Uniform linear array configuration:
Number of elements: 64
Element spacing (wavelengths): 0.75
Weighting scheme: hamming
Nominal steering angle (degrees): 15
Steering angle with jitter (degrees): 14.713
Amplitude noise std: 0.05
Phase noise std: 0.05

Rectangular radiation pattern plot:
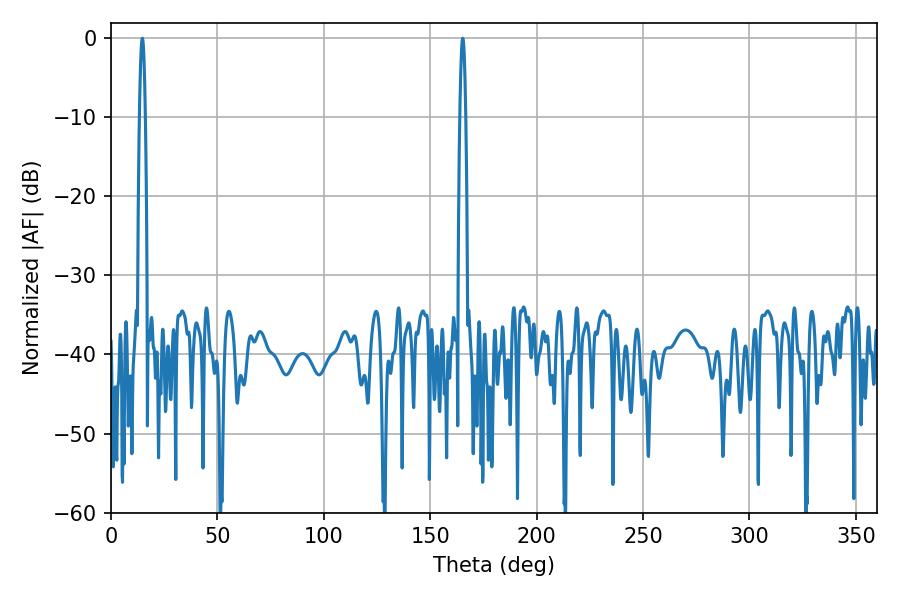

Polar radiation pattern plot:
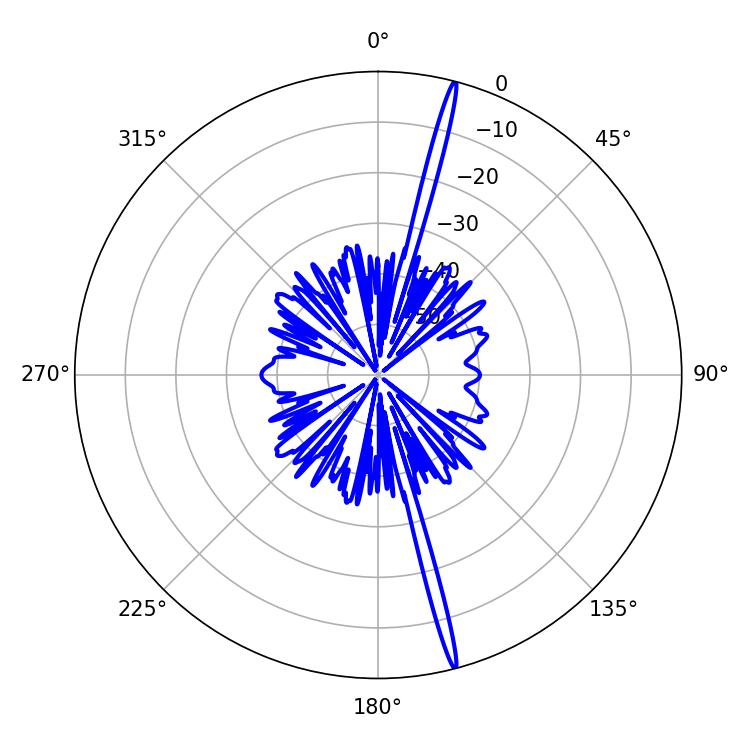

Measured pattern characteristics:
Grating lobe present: TRUE
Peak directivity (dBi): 21.256
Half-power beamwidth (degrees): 1.44
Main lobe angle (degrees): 14.76